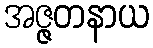
အဇ္ဇတနာယ